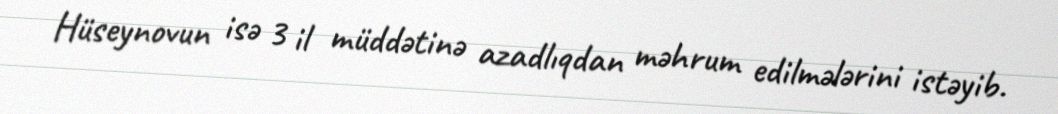
Hüseynovun isə 3 il müddətinə azadlıqdan məhrum edilmələrini istəyib.